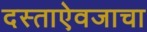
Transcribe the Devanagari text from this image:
दस्ताऐवजाचा